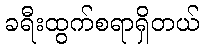
ခရီးထွက်စရာရှိတယ်